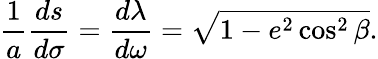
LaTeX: {\frac{1}{a}}{\frac{ds}{d\sigma}}={\frac{d\lambda}{d\omega}}={\sqrt{1-e^{2}\cos^{2}\beta}}.